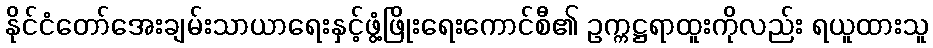
နိုင်ငံတော်အေးချမ်းသာယာရေးနှင့်ဖွံ့ဖြိုးရေးကောင်စီ၏ ဥက္ကဋ္ဌရာထူးကိုလည်း ရယူထားသူ